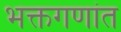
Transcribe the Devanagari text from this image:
भक्तगणांत